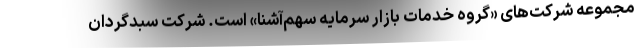
مجموعه شرکت‌های «گروه خدمات بازار سرمایه سهم‌آشنا» است. شرکت سبدگردان